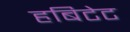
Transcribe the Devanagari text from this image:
हबिटेट